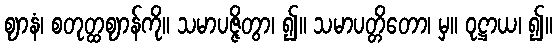
ဈာနံ၊ စတုတ္ထဈာန်ကို။ သမာပဇ္ဇိတွာ၊ ၍။ သမာပတ္တိတော၊ မှ။ ဝုဋ္ဌာယ၊ ၍။